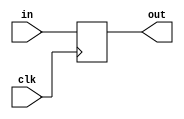
module delay (
    clk, in, out
);
    input clk;
    input [15:0] in;
    output reg [15:0] out;

    always @(posedge clk ) begin
        out <= in;
    end

endmodule